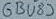
Text: 6BV83